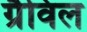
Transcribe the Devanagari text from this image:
ग्रैविल